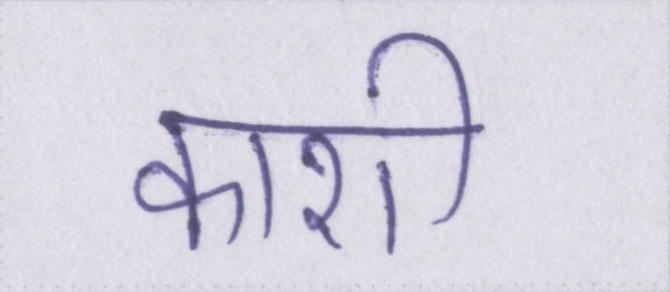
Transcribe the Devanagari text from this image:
काशी